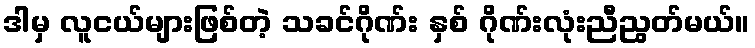
ဒါမှ လူငယ်များဖြစ်တဲ့ သခင်ဂိုဏ်း နှစ် ဂိုဏ်းလုံးညီညွတ်မယ်။